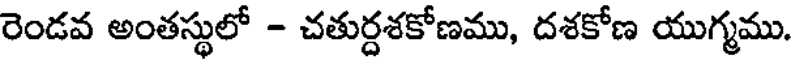
రెండవ అంతస్థులో - చతుర్దశకోణము, దశకోణ యుగ్మము.